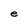
Character: e